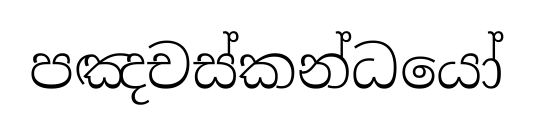
පඤචස්කන්ධයෝ